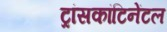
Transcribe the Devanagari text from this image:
ट्रांसकांटिनेंटल